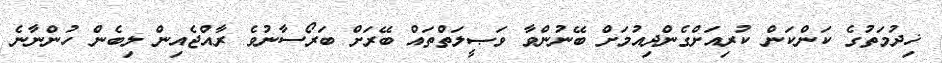
ޚިދުމަތުގެ ކަންކަން ކުރިއަށްގެންދިއުމަށް ބޭނުންވާ ވަޞީލަތްތައް ބޭރަށް ބަރޯސާނުވެ ރާއްޖެއިން ލިބެން ހުންނާނެ